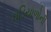
ઘડિયાળોની